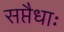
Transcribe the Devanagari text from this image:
सप्तैधाः